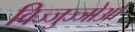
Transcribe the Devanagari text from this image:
विज्जुज्जोओ